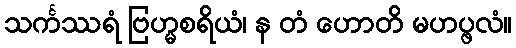
သင်္ကဿရံ ဗြဟ္မစရိယံ၊ န တံ ဟောတိ မဟပ္ဖလံ။